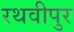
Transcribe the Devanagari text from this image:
रथवीपुर